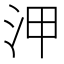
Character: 㳌